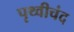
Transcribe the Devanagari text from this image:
पृथ्वीचंद